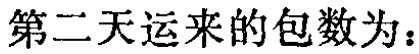
第二天运来的包数为：